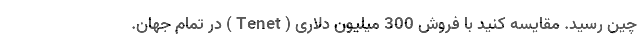
چین رسید. مقایسه کنید با فروش 300 میلیون دلاری ( Tenet ) در تمام جهان.